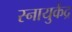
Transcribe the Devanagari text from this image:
स्नायुकेंद्र